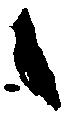
々